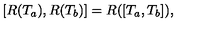
[ R ( T _ { a } ) , R ( T _ { b } ) ] = R ( [ T _ { a } , T _ { b } ] ) ,